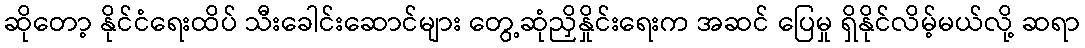
ဆိုတော့ နိုင်ငံရေးထိပ် သီးခေါင်းဆောင်များ တွေ့ဆုံညှိနှိုင်းရေးက အဆင် ပြေမှု ရှိနိုင်လိမ့်မယ်လို့ ဆရာ